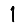
Digit: 1